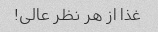
غذا از هر نظر عالی!